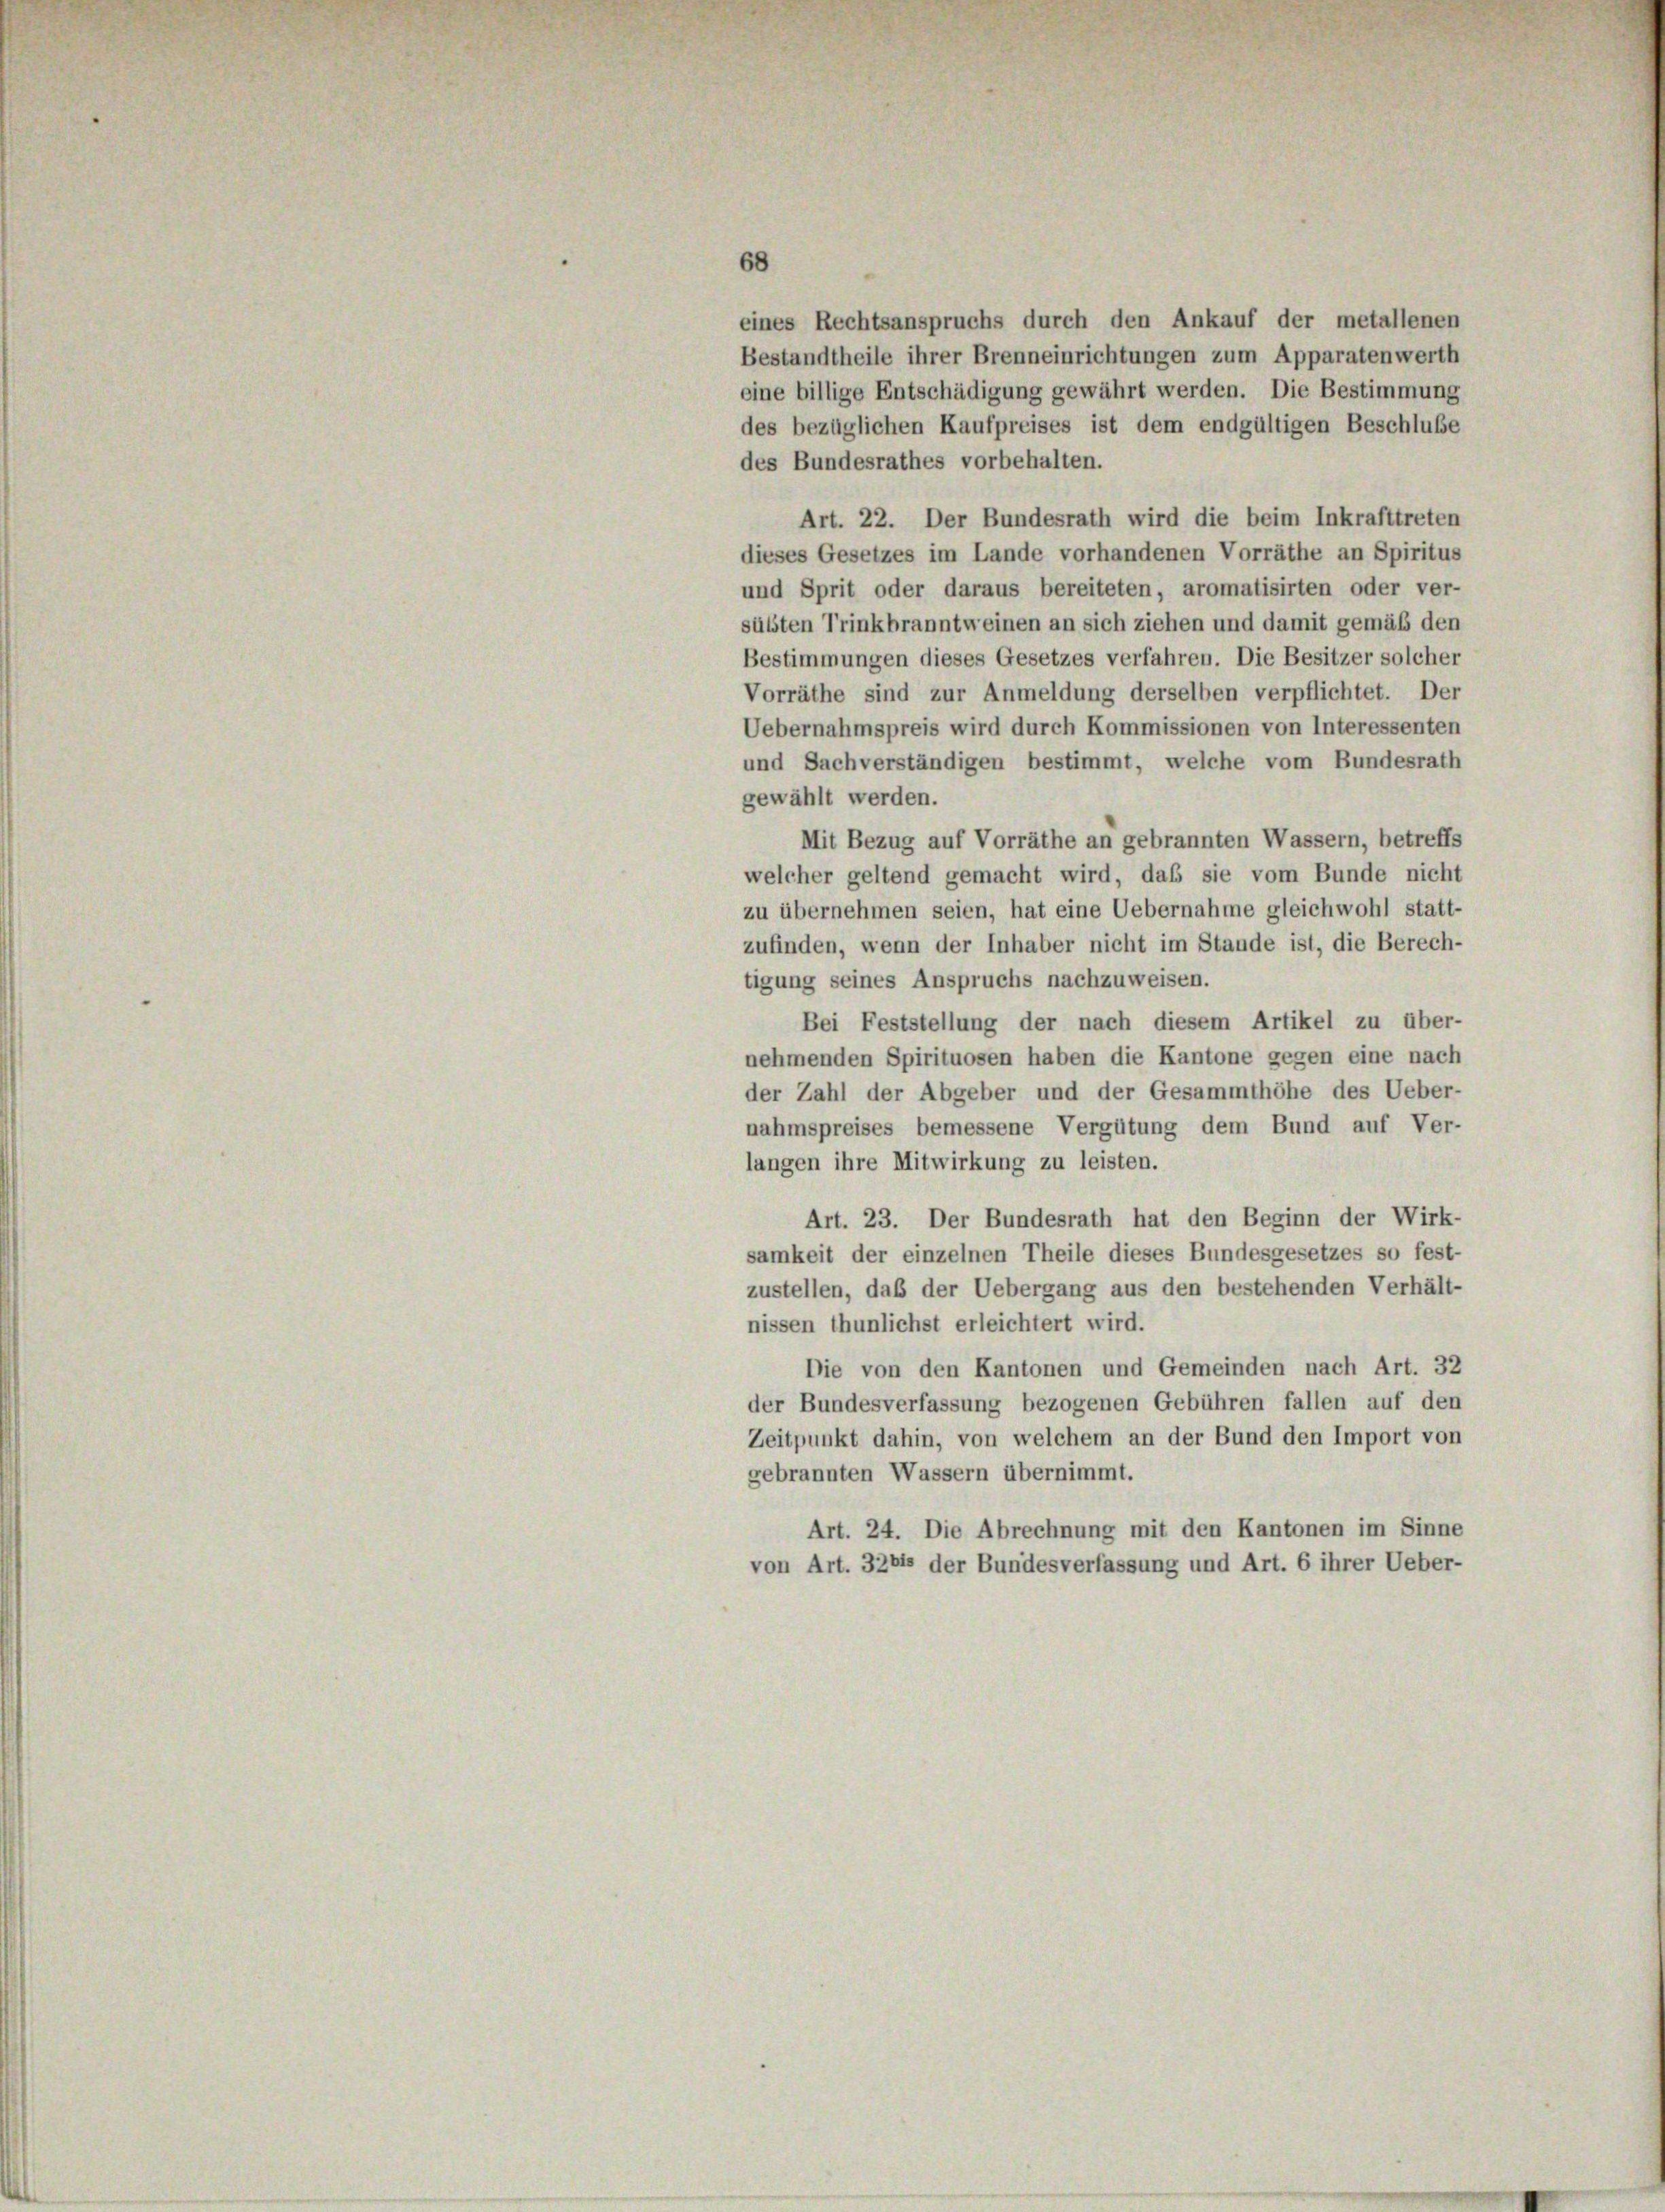
68
eines Rechtsanspruchs durch den Ankauf der metallenen
Bestandtheile ihrer Brenneinrichtungen zum Apparatenwerth
eine billige Entschädigung gewährt werden. Die Bestimmung
des bezüglichen Kaufpreises ist dem endgültigen Beschluße
des Bundesrathes vorbehalten.
Art. 22. Der Bundesrath wird die beim Inkrafttreten
dieses Gesetzes im Lande vorhandenen Vorräthe an Spiritus
und Sprit oder daraus bereiteten, aromatisirten oder ver-
sübten Trinkbranntweinen an sich ziehen und damit gemäß den
Bestimmungen dieses Gesetzes verfahren. Die Besitzer solcher
Vorräthe sind zur Anmeldung derselben verpflichtet. Der
Uebernahmspreis wird durch Kommissionen von Interessenten
und Sachverständigen bestimmt, welche vom Bundesrath
gewählt werden.
Mit Bezug auf Vorräthe an gebrannten Wassern, betreffs
welcher geltend gemacht wird, daß sie vom Bunde nicht
zu übernehmen seien, hat eine Uebernahme gleichwohl statt-
zufinden, wenn der Inhaber nicht im Stande ist, die Berech-
tigung seines Anspruchs nachzuweisen.
Bei Feststellung der nach diesem Artikel zu über-
nehmenden Spirituosen haben die Kantone gegen eine nach
der Zahl der Abgeber und der Gesammthöhe des Ueber-
nahmspreises bemessene Vergütung dem Bund auf Ver-
langen ihre Mitwirkung zu leisten.
Art. 23. Der Bundesrath hat den Beginn der Wirk-
samkeit der einzelnen Theile dieses Bundesgesetzes so fest-
zustellen, daß der Uebergang aus den bestehenden Verhält-
nissen thunlichst erleichtert wird.
Die von den Kantonen und Gemeinden nach Art. 32
der Bundesverfassung bezogenen Gebühren fallen auf den
Zeitpunkt dahin, von welchem an der Bund den Import von
gebrannten Wassern übernimmt.
Art. 24. Die Abrechnung mit den Kantonen im Sinne
von Art. 3281 der Bundesverfassung und Art. 6 ihrer Ueber-